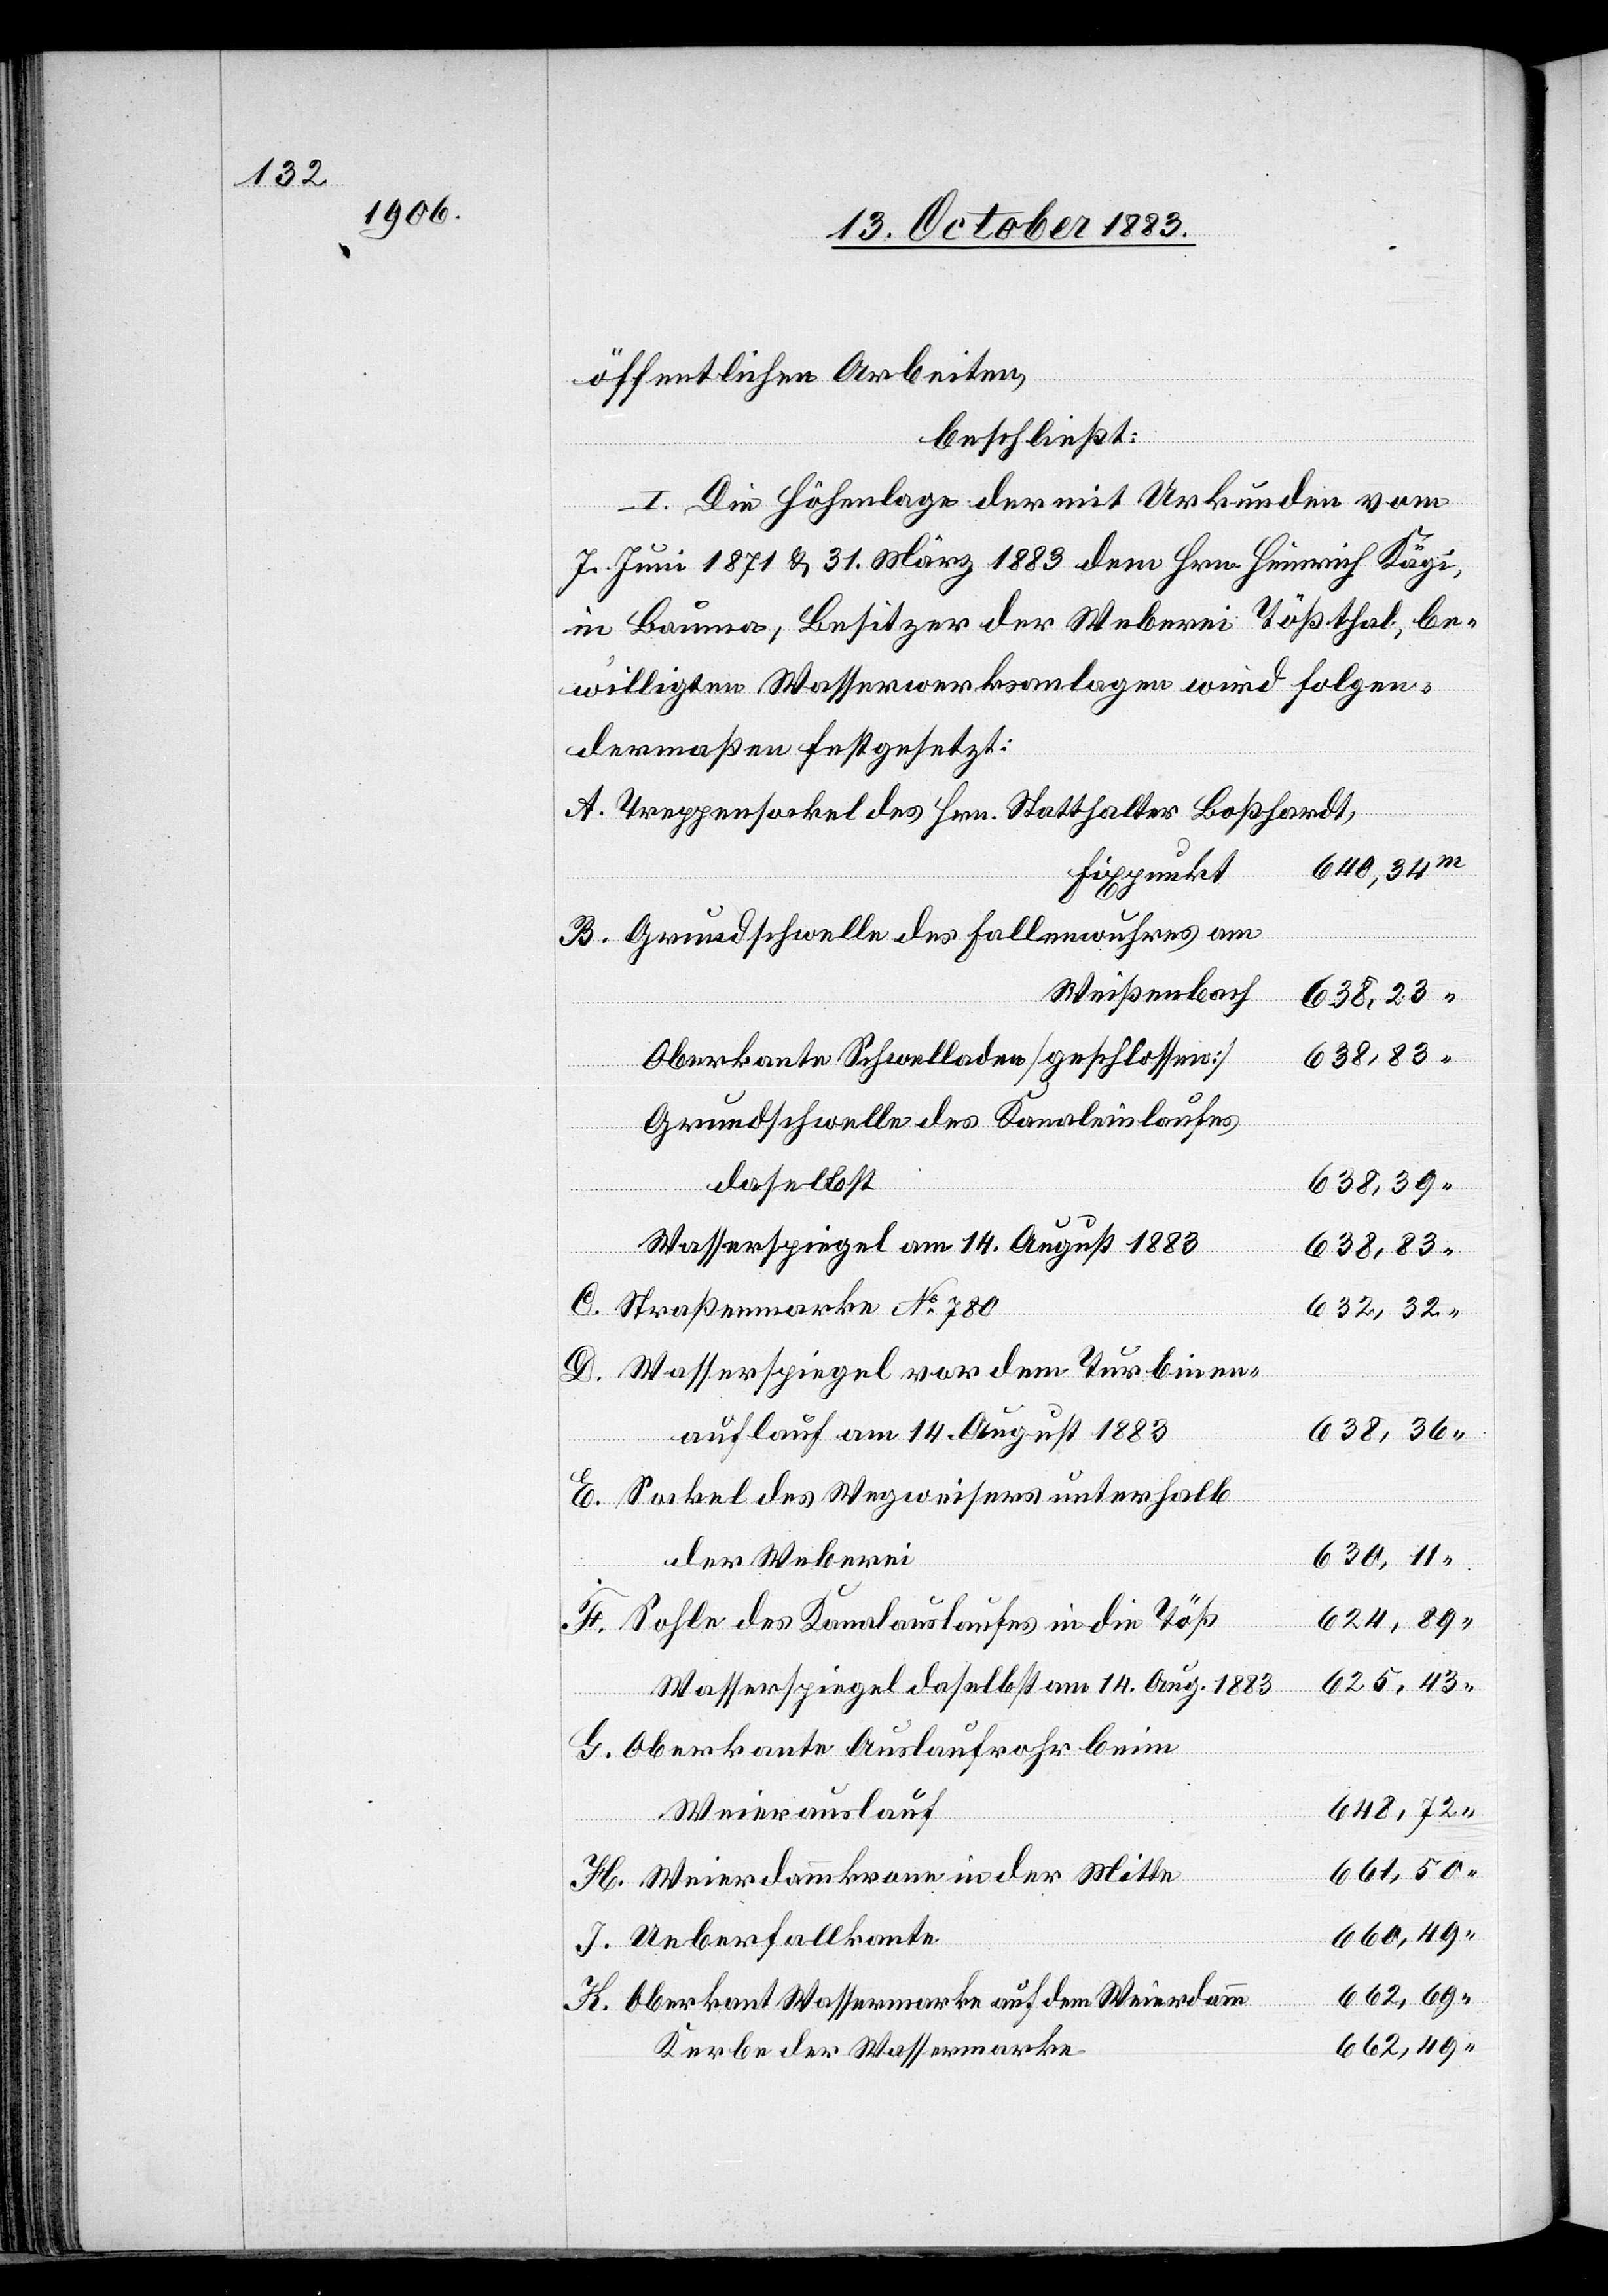
öffentlichen Arbeiten,
beschließt:
I. Die Höhenlage der mit Urkunden vom
7. Juni 1871 & 31. März 1883 dem Hrn. Heinrich Kägi,
in Bauma, Besitzer der Weberei Tößthal, be¬
willigten Wasserwerksanalgen wird folgen¬
dermaßen festgesetzt:
Treppensockel des Hrn. Statthalter Boßhardt,
640,34
Fixpunkt
Grundschwelle des Fallenwuhres am
Weißenbach
638,23
Oberkante Schwellanden [geschlossen]
632,32
Ueberfall¬
Grundschwelle des Kanaleinlaufes
daselbst
638,39
kante
Wasserspiegel am 14. August 1883
K.
Straßenmarke No 780
Wasserspiegel vor dem Turbinen¬
auflauf am 14. August 1883
638,36
Sockel des Wegweisers unterhalb
der Weberei
630,11
624,89
Sohle des Kanalauslaufes in die Töß
625,13
Wasserspiegel daselbst am 14. Aug. 1883
Oberkante Auslaufrohr beim
Weierauslauf
H.
661,50
Weierdammkrone in der Mitte
660,49
662,69
Oberkant[e] Wassermarke auf dem Weierdamm
662,49
Kerbe der Wassermarke